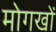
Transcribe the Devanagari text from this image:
मोगखों